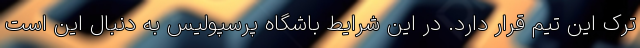
ترک این تیم قرار دارد. در این شرایط باشگاه پرسپولیس به دنبال این است